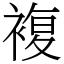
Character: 複